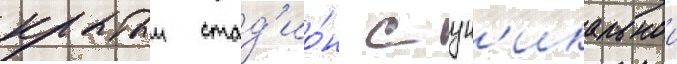
крытыи стад'ио́н с ун'икальнои